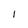
Character: 1